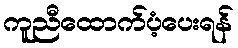
ကူညီထောက်ပံ့ပေးရန်